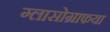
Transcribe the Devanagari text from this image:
ग्लासोग्राफया